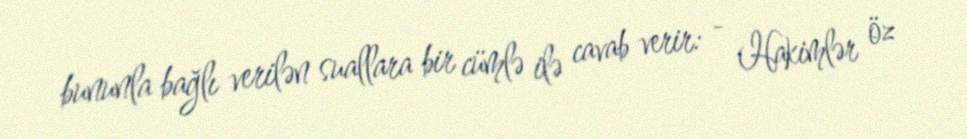
bununla bağlı verilən suallara bir cümlə ilə cavab verir: - Hakimlər öz